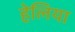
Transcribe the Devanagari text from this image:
हेलिया